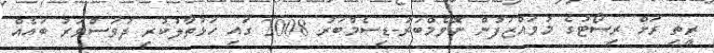
ރީތި ރަށް ރިސޯޓުގެ މުވައްޒަފުން ނޮވެމްބަރު-ޑިސެމްބަރު 2008 ގައި ހަޅުތާލުކުރި ދުވަސްވަރު ބައެއް